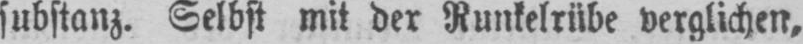
substanz. Selbst mit der Runkelrübe verglichen,